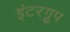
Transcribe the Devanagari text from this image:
इंटरग्रूप